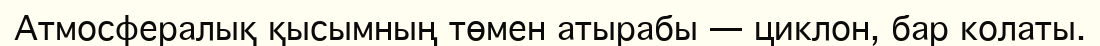
Атмосфералық қысымның төмен атырабы — циклон, бар колаты.